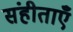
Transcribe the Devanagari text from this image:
संहीताएँ